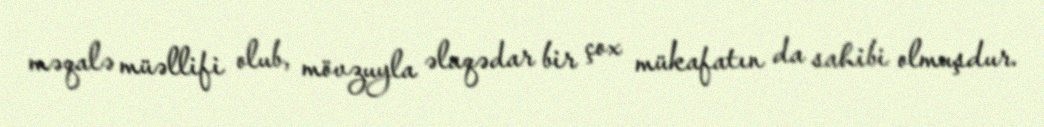
məqalə müəllifi olub, mövzuyla əlaqədar bir çox mükafatın da sahibi olmuşdur.